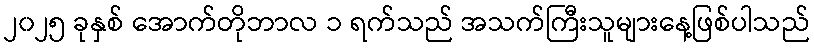
၂၀၂၅ ခုနှစ် အောက်တိုဘာလ ၁ ရက်သည် အသက်ကြီးသူများနေ့ဖြစ်ပါသည်